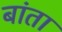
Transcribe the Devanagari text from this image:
बांता